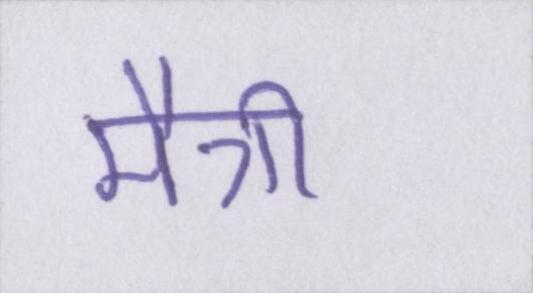
मैत्री